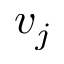
v _ { j }